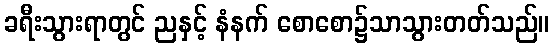
ခရီးသွားရာတွင် ညနှင့် နံနက် စောစော၌သာသွားတတ်သည်။